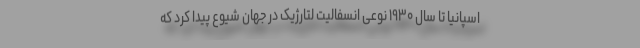
اسپانیا تا سال ۱۹۳۰ نوعی انسفالیت لتارژیک در جهان شیوع پیدا کرد که